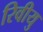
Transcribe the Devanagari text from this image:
रिवीयु